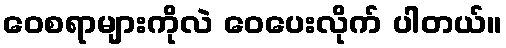
ဝေစရာများကိုလဲ ဝေပေးလိုက် ပါတယ်။